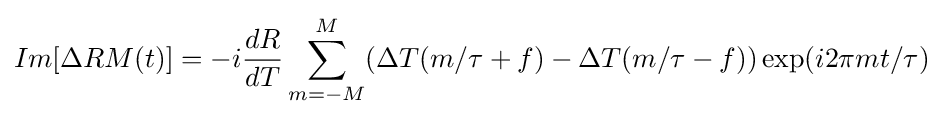
Im[\Delta RM(t)]=-i{\frac {dR}{dT}}\sum _{m=-M}^{M}(\Delta T(m/\tau +f)-\Delta T(m/\tau -f))\exp(i2\pi mt/\tau )